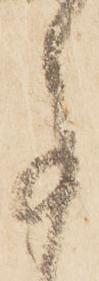
事